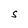
Character: S